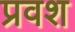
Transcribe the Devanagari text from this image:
प्रवश